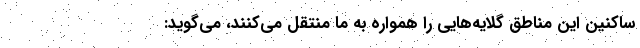
ساکنین این مناطق گلایه‌هایی را همواره به ما منتقل می‌کنند، می‌گوید: